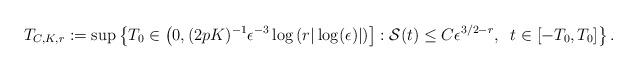
LaTeX: \begin{align*}T_{C,K,r} := \sup\left\{ T_0 \in \left( 0,(2 p K)^{-1} \epsilon^{-3} \log\left( r |\log(\epsilon)|\right)\right] : \mathcal{S}(t) \leq C \epsilon^{3/2-r}, \;\; t \in [-T_0,T_0] \right\}.\end{align*}